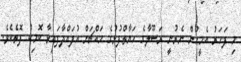
މި ފަހަރު އެމީހުން ނެރުނީ ރަސޫލާގެ ހަޔާތްފުޅުގެ މައްޗަށް އުފައްދާފައިވާ ކޮމިކް ފޮތެކެވެ.